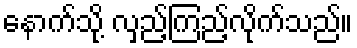
နောက်သို့ လှည့်ကြည့်လိုက်သည်။